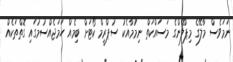
ނަމަވެސް މާލޭގެ މިޕްލޭންގެ މަސައްކަތް ނިމުމާއެކު ސުޕްރީމް ކޯޓަށް ބިމެއް ހަމަޖެއްސުމުގައި ގޮތްތަކެއް